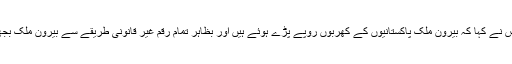
چیف جسٹس نے کہا کہ بیرون ملک پاکستانیوں کے کھربوں روپے پڑے ہوئے ہیں اور بظاہر تمام رقم غیر قانونی طریقے سے بیرون ملک بجھوائی گئی۔